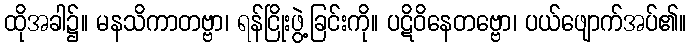
ထိုအခါ၌။ မနသိကာတဗ္ဗာ၊ ရန်ငြိုးဖွဲ့ခြင်းကို။ ပဋိဝိနေတဗ္ဗော၊ ပယ်ဖျောက်အပ်၏။